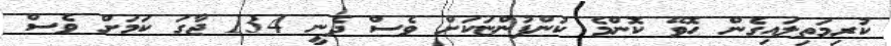
ކުރިމަތިލައިގެން ހޮވޭ ކޮންމެ ކުންފުންޏަކަށް ވެސް ދެނީ 134 ޖާގަ ކަމަށް ވެސް